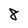
Character: 8